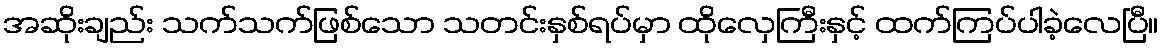
အဆိုးချည်း သက်သက်ဖြစ်သော သတင်းနှစ်ရပ်မှာ ထိုလှေကြီးနှင့် ထက်ကြပ်ပါခဲ့လေပြီ။